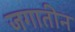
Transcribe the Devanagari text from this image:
जगातीन